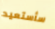
سأستعيد